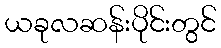
ယခုလဆန်းပိုင်းတွင်